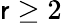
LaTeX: \mathsf{r}\geq2